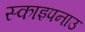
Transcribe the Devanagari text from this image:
स्काइपनाउ